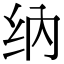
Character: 纳